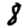
Digit: 8